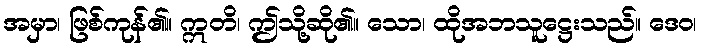
အမှာ၊ ဖြစ်ကုန်၏။ ဣတိ၊ ဤသို့ဆို၏။ သော၊ ထိုအဘသူဋ္ဌေးသည်။ ဒေဝ၊